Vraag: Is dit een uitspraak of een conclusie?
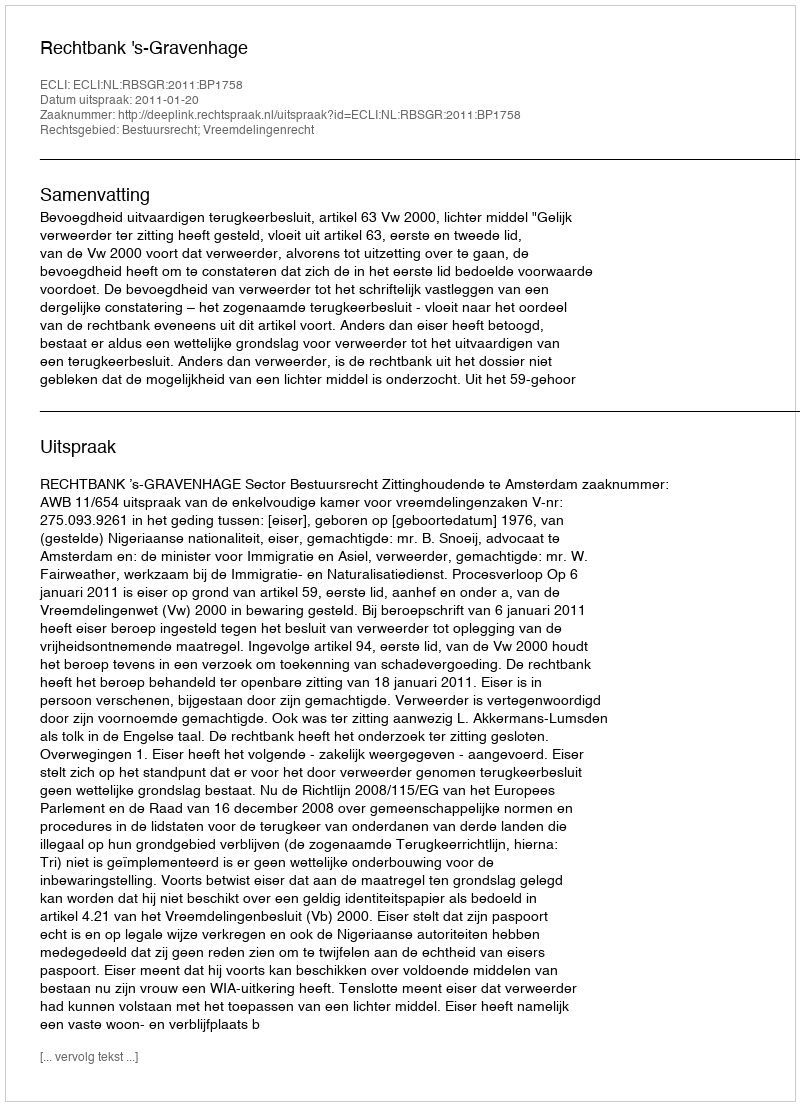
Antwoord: Uitspraak